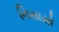
નિસાસો